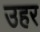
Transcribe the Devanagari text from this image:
उहर